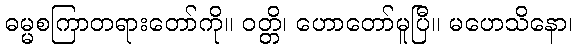
ဓမ္မစကြာတရားတော်ကို။ ဝတ္တိ၊ ဟောတော်မူပြီ။ မဟေသိနော၊